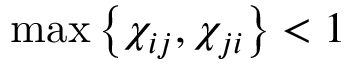
\operatorname* { m a x } \left\{ \chi _ { i j } , \chi _ { j i } \right\} < 1